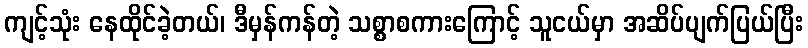
ကျင့်သုံး နေထိုင်ခဲ့တယ်၊ ဒီမှန်ကန်တဲ့ သစ္စာစကားကြောင့် သူငယ်မှာ အဆိပ်ပျက်ပြယ်ပြီး